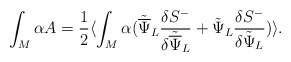
\begin{align*}\int_M \alpha A = {1\over2}\langle\int_M \alpha({\tilde{\overline\Psi}}_L{{\delta{S}^-}\over{\delta{\tilde{\overline\Psi}}_L}} + {\tilde{\Psi}}_L{{\delta{S}^-}\over{\delta{\tilde{\Psi}}_L}})\rangle.\end{align*}